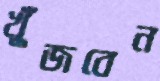
খুঁজবেন